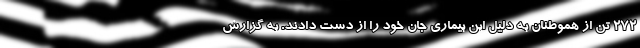
۲۷۲ تن از هموطنان به دلیل این بیماری جان خود را از دست دادند. به گزارش